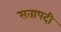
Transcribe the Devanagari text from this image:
सतापदी